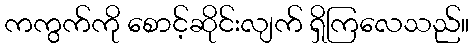
ကကွက်ကို စောင့်ဆိုင်းလျက် ရှိကြလေသည်။